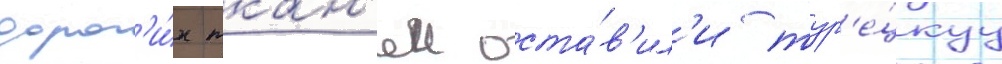
дорог'и́х ткан'еи оста́в'ил'и тур'е́цкуу